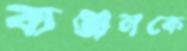
ব্যঞ্জনকে